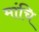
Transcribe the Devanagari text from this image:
मांचि